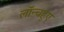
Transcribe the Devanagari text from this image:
लॉन्चहुए